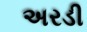
અરડી